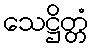
သေဋ္ဌိတ္တံ